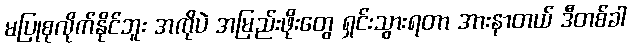
မပြုစုလိုက်နိုင်ဘူး အကိုပဲ အမြည်းဖိုးတွေ ရှင်းသွားရတာ အားနာတယ် ဒီတစ်ခါ